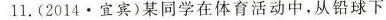
11.(2014·宜宾)某同学在体育活动中，从铅球下